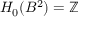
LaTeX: H _ { 0 } ( B ^ { 2 } ) = \mathbb { Z }